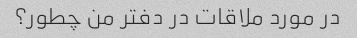
در مورد ملاقات در دفتر من چطور؟